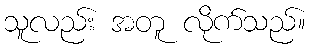
သူလည်း အတူ လိုက်သည်။